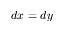
d x = d y